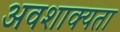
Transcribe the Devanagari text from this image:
अवशाक्यता